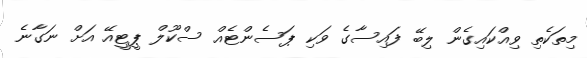
މިތަކެތި ވިއްކައިގެން ލިބޭ ފައިސާގެ ވަކި ޕަސެންޓެއް ސްކޫލް ޕީޓީއޭ އަށް ނަގާނެ